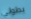
بطولي